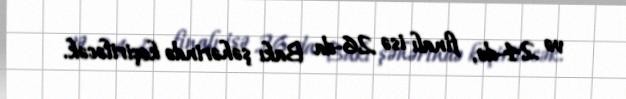
və 24-də, finalı isə 26-da Bakı şəhərində keçiriləcək.